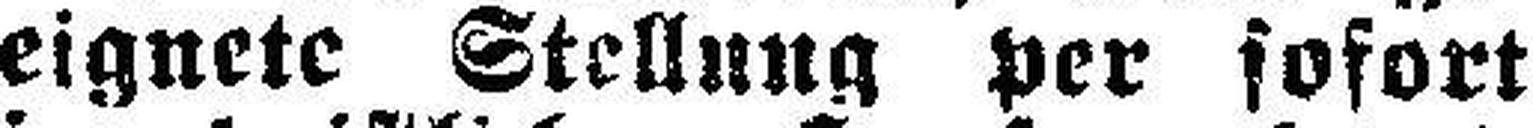
eignete Stellung Per sofort